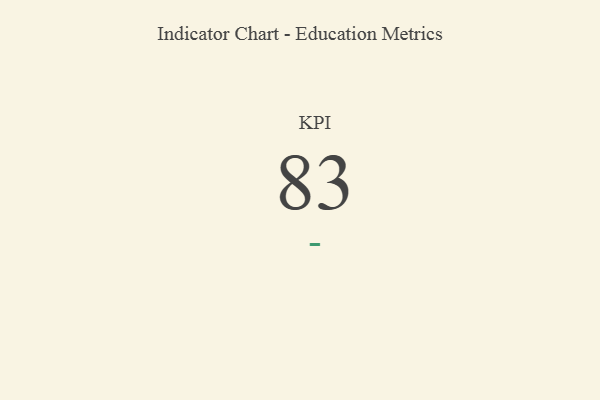
{"axis": {"x": "KPI", "y": "Value"}, "legend": [""], "data": [{"x": "KPI", "y": 83, "type": ""}]}